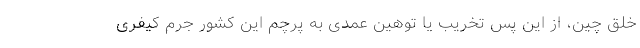
خلق چین، از این پس تخریب یا توهین عمدی به پرچم این کشور جرم کیفری